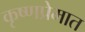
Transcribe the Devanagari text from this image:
कृष्णप्रेमात